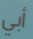
أبي